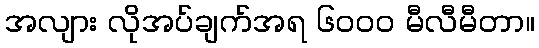
အလျား လိုအပ်ချက်အရ ၆၀၀၀ မီလီမီတာ။